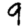
Digit: 9